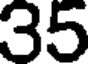
35